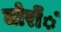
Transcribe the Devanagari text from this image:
जोरोंंं